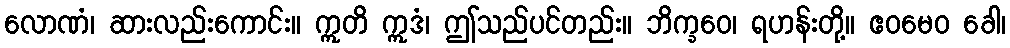
လောဏံ၊ ဆားလည်းကောင်း။ ဣတိ ဣဒံ၊ ဤသည်ပင်တည်း။ ဘိက္ခဝေ၊ ရဟန်းတို့။ ဧဝမေဝ ခေါ၊